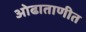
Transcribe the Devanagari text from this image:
ओढाताणीत